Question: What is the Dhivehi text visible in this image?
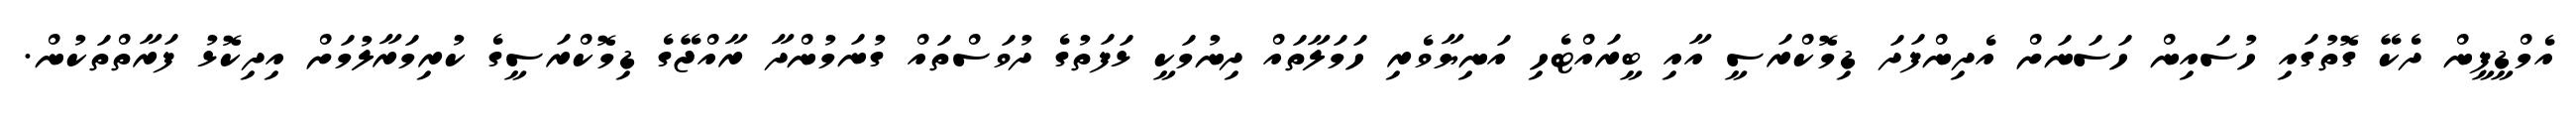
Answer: އެމްޑީޕީން ދެކޭ ގޮތުގައި ހުސައިން ހަސަނަށް އެދިންފަދަ ޑިމޮކްރަސީ އާއި ބީރައްޓެހި އަނިޔާވެރި ހަމަލާތައް ދިނުމަކީ ޅަފަތުގެ ދުވަސްތައް ގުނަމުންދާ ރާއްޖޭގެ ޑިމޮކްރަސީގެ ކުރިމަރާލުމަށް އިދިކޮޅު ފަރާތްތަކުން.